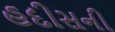
હદીસની